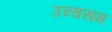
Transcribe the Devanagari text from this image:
उच्चसम